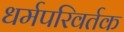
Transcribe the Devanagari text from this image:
धर्मपरिवर्तक